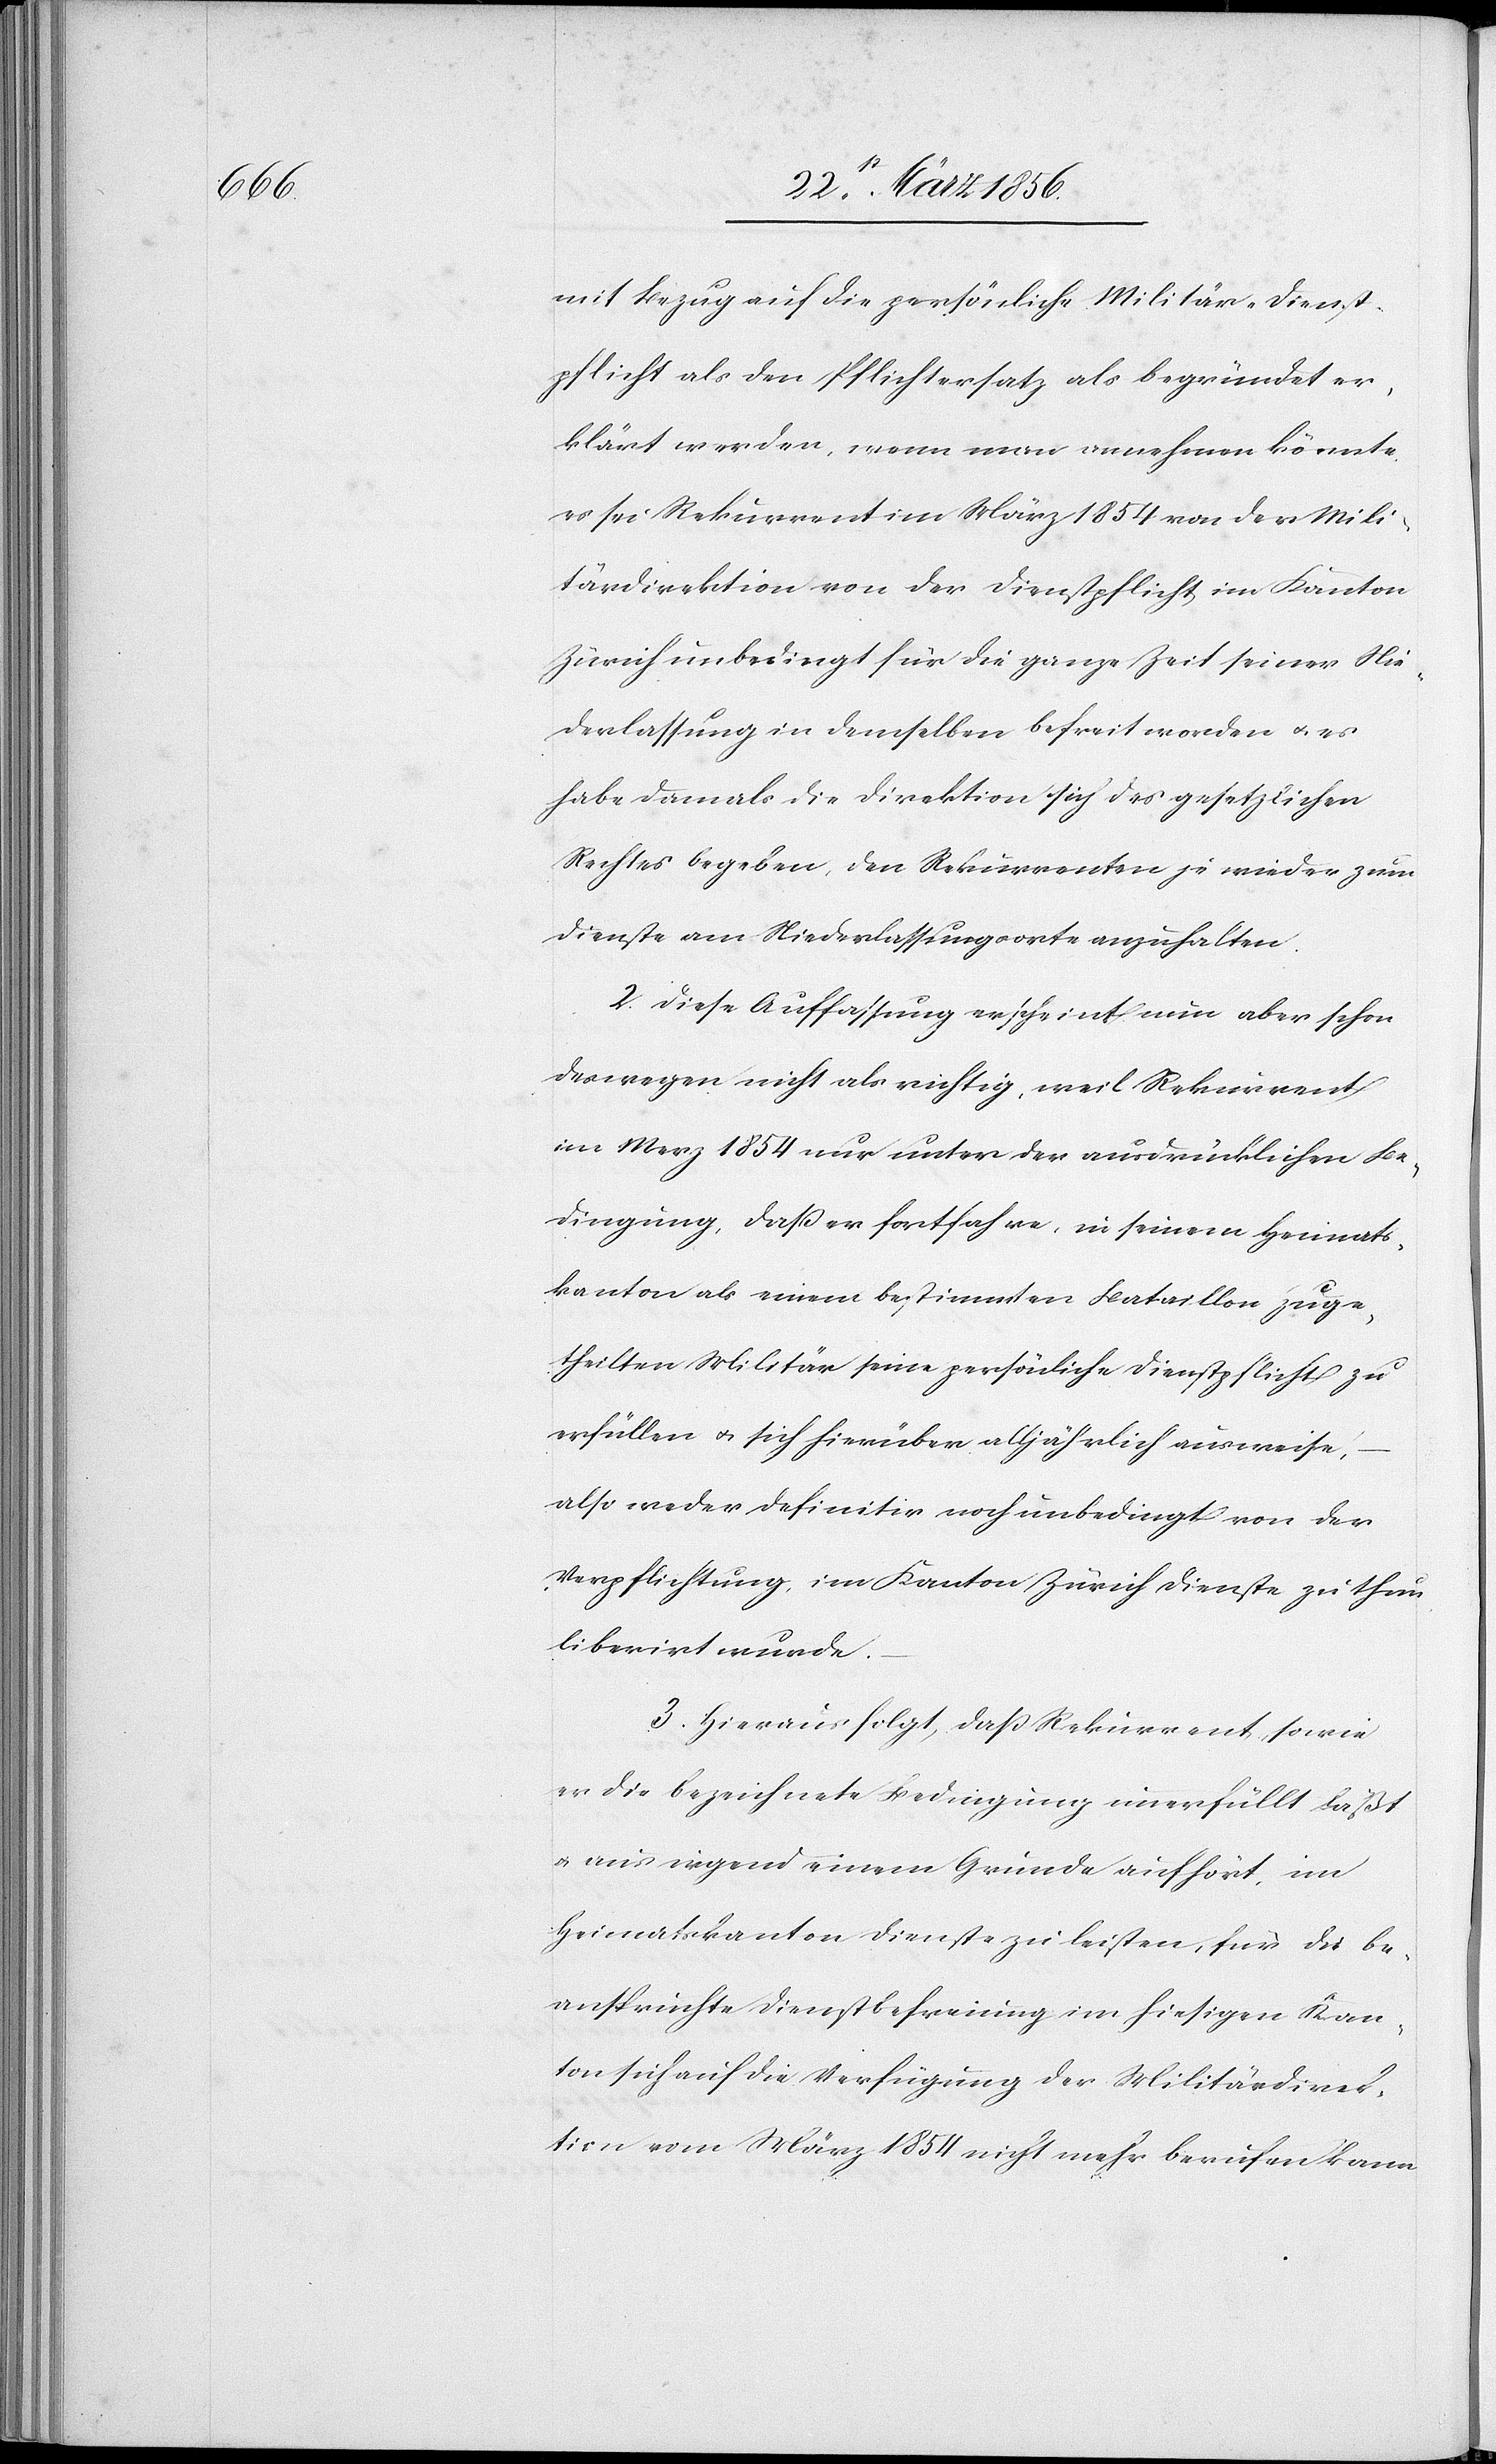
mit Bezug auf die persönliche Militär-Dienst¬
pflicht als den Pflichtersatz als begründet er¬
klärt werden, wenn man annehmen könnte,
es sei Rekurrent im März 1854 von der Mili¬
tärdirektion von der Dienstpflicht im Kanton
Zürich unbedingt für die ganz Zeit seiner Nie¬
derlassung in demselben befreit worden u. es
habe damals die Direktion sich des gesetzlichen
Rechtes begeben, den Rekurrenten je wieder zum
Dienst am Niederlassungsorte anzuhalten.
2. Diese Auffassung erscheint nun aber schon
deswegen nicht als richtig, weil Rekurrent
im Merz 1854 nur unter der ausdrücklichen Be¬
dingung, daß er fortfahre, in seinem Heimats¬
kanton als einem bestimmten Bataillon zuge¬
theilten Militär seine persönliche Dienstpflicht zu
erfüllen u. sich hierüber alljährlich ausweise,
also weder definitiv noch unbedingt von der
Verpflichtung, im Kanton Zürich Dienst zu thun
liberirt wurde.
3. Hieraus folgt, daß Rekurrent, sowie
er die bezeichnete Bedingung unerfüllt läßt
u. aus irgend einem Grunde aufhört, im
Heimatskanton Dienste zu leisten, für die be¬
anspruchte Dienstbefreiung im hiesigen Kan¬
ton sich auf die Verfügung der Militärdirek¬
tion vom März 1854 nicht mehr berufen kann